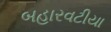
બહારવટીયા